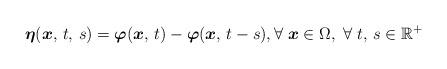
LaTeX: \begin{align*}\boldsymbol{\eta}(\boldsymbol{x},\,t,\,s) = \boldsymbol{\varphi} (\boldsymbol{x},\,t) - \boldsymbol{\varphi} (\boldsymbol{x},\,t - s),\forall\;\boldsymbol{x}\in \Omega,\ \forall\;t,\,s\in \mathbb{R}^{+} \end{align*}